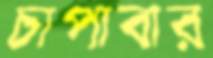
চাপাবার